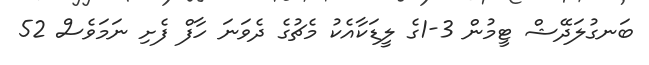
ބަނގުލަދޭޝް ޓީމުން 3-1ގެ ލީޑަކާއެކު މެޗުގެ ދެވަނަ ހާފް ފެށި ނަމަވެސް 52